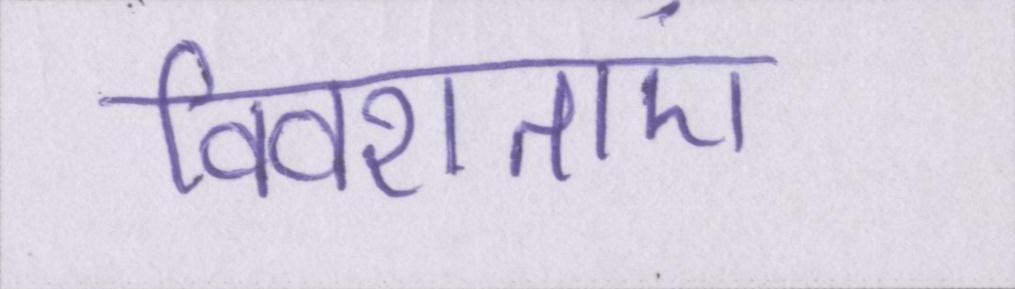
विवशताएं